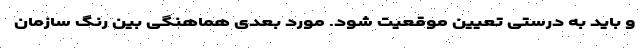
و باید به درستی تعیین موقعیت شود. مورد بعدی هماهنگی بین رنگ سازمان